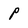
Character: p